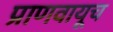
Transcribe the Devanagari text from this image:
प्राणवायूच